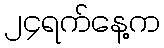
၂၄ရက်နေ့က